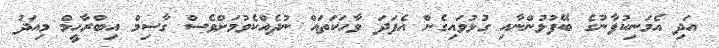
އަދި އެމަނިކުފާނުގެ ބޭފުޅުންނާއި ގުޅުވައިގެން އެފަދަ ވާހަކަތައް ނުދެއްކެވުމަށްވެސް ގާސިމް އިބްރާހީމް މިއަދު